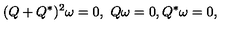
( Q + Q ^ { * } ) ^ { 2 } \omega = 0 , \ Q \omega = 0 , Q ^ { * } \omega = 0 ,